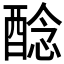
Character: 𨡎